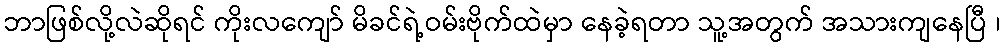
ဘာဖြစ်လို့လဲဆိုရင် ကိုးလကျော် မိခင်ရဲ့ဝမ်းဗိုက်ထဲမှာ နေခဲ့ရတာ သူ့အတွက် အသားကျနေပြီ ၊